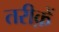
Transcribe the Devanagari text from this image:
तरीक़ें